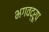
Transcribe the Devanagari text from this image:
भगवद्रूप